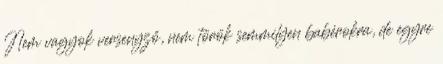
Nem vagyok versenyző, nem török semmilyen babérokra, de egyre